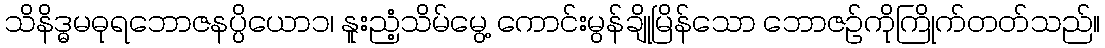
သိနိဒ္ဓမဓုရဘောဇနပ္ပိယော၁၊ နူးညံ့သိမ်မွေ့ ကောင်းမွန်ချိုမြိန်သော ဘောဇဉ်ကိုကြိုက်တတ်သည်။